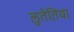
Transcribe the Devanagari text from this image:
लुतेतिया